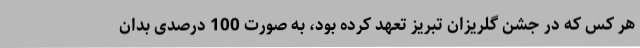
هر کس که در جشن گلریزان تبریز تعهد کرده بود، به صورت 100 درصدی بدان